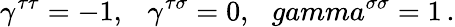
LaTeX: \gamma^{\tau\tau}=-1,\ \ \ \gamma^{\tau\sigma}=0,\ \ \, gamma^{\sigma\sigma}=1\, .